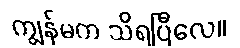
ကျွန်မက သိရပြီလေ။